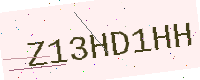
Text: Z13HD1HH